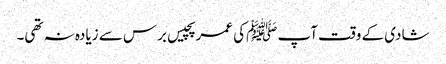
شادی کے وقت آپ ﷺکی عمر پچیس برس سے زیادہ نہ تھی۔